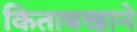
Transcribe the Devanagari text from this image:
किताबखाने